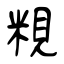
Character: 粯